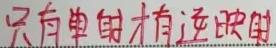
只有单射才有逆映射